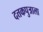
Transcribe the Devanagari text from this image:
दत्तकपुत्राला